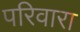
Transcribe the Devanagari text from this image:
परिवारा